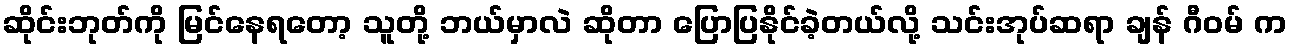
ဆိုင်းဘုတ်ကို မြင်နေရတော့ သူတို့ ဘယ်မှာလဲ ဆိုတာ ပြောပြနိုင်ခဲ့တယ်လို့ သင်းအုပ်ဆရာ ချန် ဂီဝမ် က